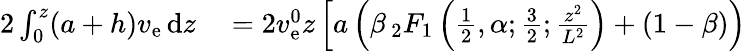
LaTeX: \begin{array}{rl}{2\int_{0}^{z}(a+h)v_{\mathrm{e}}\, \mathrm{d}z}&{{}=2v_{\mathrm{e}}^{0}z\left[a\left(\beta\, {}_{2}F_{1}\left(\frac{1}{2},\alpha;\frac{3}{2};\frac{z^{2}}{L^{2}}\right)+(1-\beta)\right)\right.}\end{array}